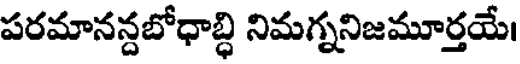
పరమానన్దబోధాబ్ధి నిమగ్ననిజమూర్తయే।